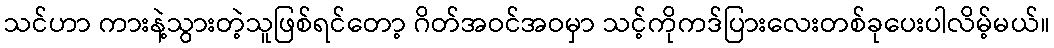
သင်ဟာ ကားနဲ့သွားတဲ့သူဖြစ်ရင်တော့ ဂိတ်အဝင်အဝမှာ သင့်ကိုကဒ်ပြားလေးတစ်ခုပေးပါလိမ့်မယ်။